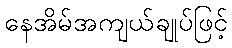
နေအိမ်အကျယ်ချုပ်ဖြင့်